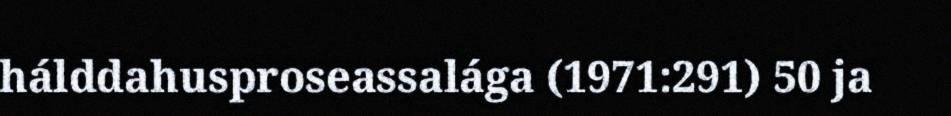
hálddahusproseassalága (1971:291) 50 ja